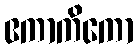
ဧကာကိကော